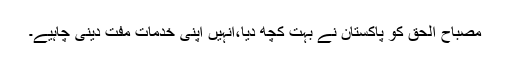
مصباح الحق کو پاکستان نے بہت کچھ دیا،انہیں اپنی خدمات مفت دینی چاہیے۔